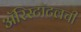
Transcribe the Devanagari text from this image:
अॅरिस्टॉटलची